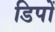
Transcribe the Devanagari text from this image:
डिपों